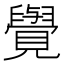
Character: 𮗜